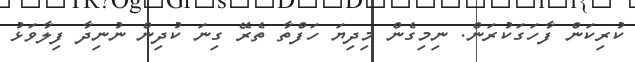
ކުރިކަން ފާހަގަކުރަން. ނިމިގެން މިދިޔަ ހަފްތާ ތެރޭ ގިނަ ކުދިން ނުނިދާ ފިލާވަޅު